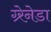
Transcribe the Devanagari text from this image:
ग्र्रेनेडा